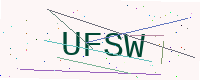
Text: UFSW